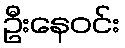
ဦးနေဝင်း